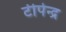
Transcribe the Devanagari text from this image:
टीपेन्द्र